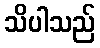
သိပါသည်